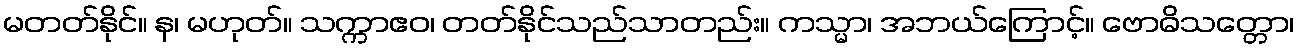
မတတ်နိုင်။ န၊ မဟုတ်။ သက္ကာဧဝ၊ တတ်နိုင်သည်သာတည်း။ ကသ္မာ၊ အဘယ်ကြောင့်။ ဗောဓိသတ္တော၊